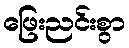
ဖြေးညင်းစွာ